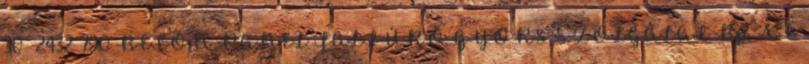
30 2432 790 BETON PANEL FALFÚRÓ GYORS SZOLGÁLAT Bp. XI.